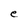
Character: e